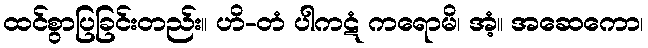
ထင်စွာပြခြင်းတည်း။ ဟိ-တံ ပါကဋံ ကရောမိ၊ အံ့။ အဆေကော၊